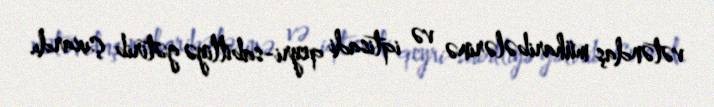
vətəndaş müharibələrinə və iqtisadi qeyri-sabitliyə gətirib çıxardı.